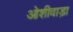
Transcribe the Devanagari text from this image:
ओशीवाड़ा